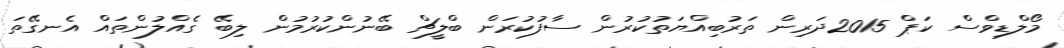
މޯލްޑިވްސް ކަޕް 2015ދަރިން ތަރުބިއްޔަތުކުރުން ސާފުކުރަން ބްލީޗް ބޭނުންކުރުމުން ލިބޭ ގެއްލުންތައް އެނގޭތަ